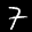
Label: 7